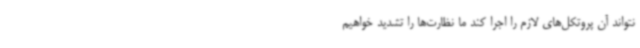
نتواند آن پروتکل‌های لازم را اجرا کند ما نظارت‌ها را تشدید خواهیم